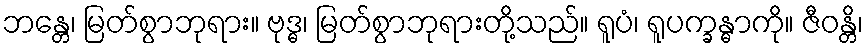
ဘန္တေ၊ မြတ်စွာဘုရား။ ဗုဒ္ဓ၊ မြတ်စွာဘုရားတို့သည်။ ရူပံ၊ ရူပက္ခန္ဓာကို။ ဇီဝန္တိ၊